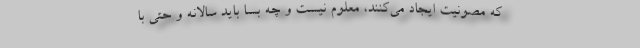
که مصونیت ایجاد می‌کنند، معلوم نیست و چه بسا باید سالانه و حتی با